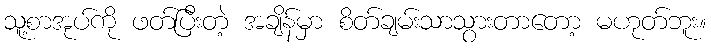
သူ့စာအုပ်ကို ဖတ်ပြီးတဲ့ အချိန်မှာ စိတ်ချမ်းသာသွားတာတော့ မဟုတ်ဘူး။